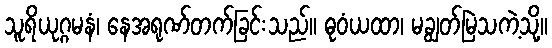
သူရိယုဂ္ဂမနံ၊ နေအရုဏ်တက်ခြင်းသည်။ ဓုဝံယထာ၊ မချွတ်မြဲသကဲ့သို့။